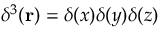
\delta ^ { 3 } ( \mathbf r ) = \delta ( x ) \delta ( y ) \delta ( z )